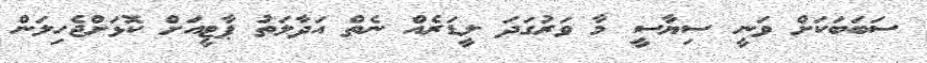
ސަބަބަކަށް ވަނީ ސިޔާސީ މާ ވަރުގަދަ ލީޑަރެއް ނެތް އަދާލަތު ޕާޓީއަށް ކޮޅަށްޖެހިލަން